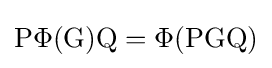
\mathrm {P} \Phi (\mathrm {G} )\mathrm {Q} =\Phi (\mathrm {P} \mathrm {G} \mathrm {Q} )